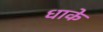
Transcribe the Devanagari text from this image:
धाके